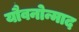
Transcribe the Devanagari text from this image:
यौवनोन्माद